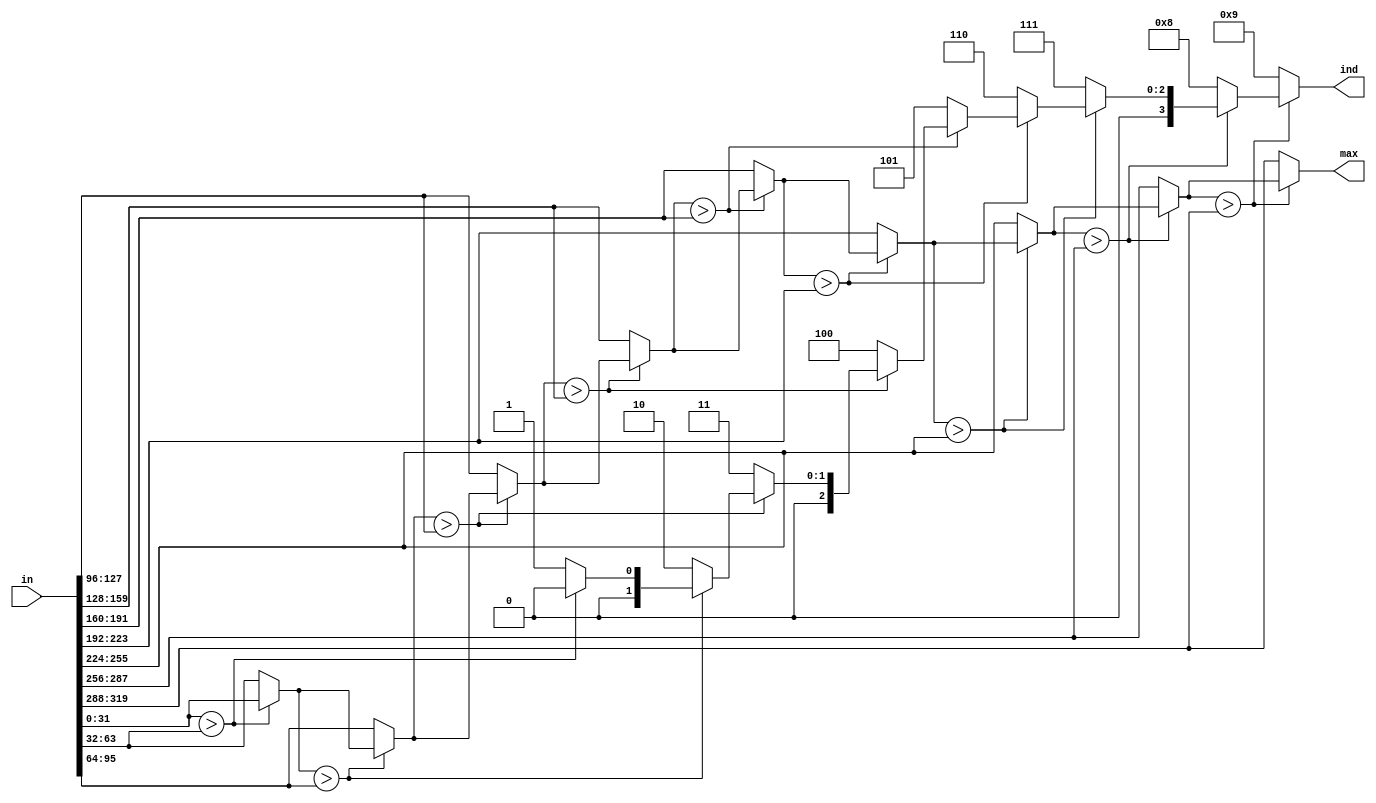
module argmax
#(
  parameter N=10, // number of inputs
  parameter M=32  // input bit-width
)
(
  in,
  max,
  ind
);

  function integer log2;
    input [31:0] value;
    reg [31:0] temp;
  begin
    temp = value;
    for (log2=0; temp>0; log2=log2+1)
      temp = temp>>1;
  end
  endfunction

  localparam S = log2(N);

  input [M*N-1:0] in;
  output [M-1:0] max;
  output [S-1:0] ind;

  wire [M-1:0] max_i [N-1:0];
  wire [S-1:0] ind_i [N-1:0];
  wire greater [N-1:0];

  assign greater[0] = 0;
  assign max_i[0] = in[M-1:0];
  assign ind_i[0] = 0;

  genvar g;
  generate
  for (g=1;g<N;g=g+1) begin:S1
    assign greater[g] = (max_i[g-1] > in[(g+1)*M-1:g*M]);
    assign max_i[g] = (greater[g]) ? max_i[g-1]: in[(g+1)*M-1:g*M];
    assign ind_i[g] = (greater[g]) ? ind_i[g-1]: g;
  end
  endgenerate

  assign max = max_i[N-1];
  assign ind = ind_i[N-1];

endmodule